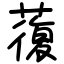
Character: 蕧